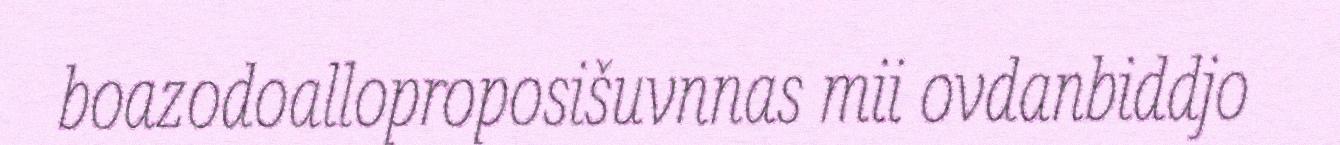
boazodoalloproposišuvnnas mii ovdanbiddjo